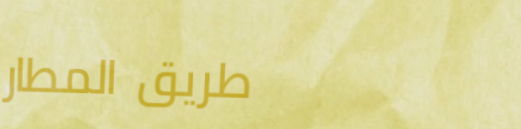
طريق المطار